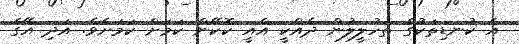
އެ ކުނޑިތަކުގެ ތަހުލީލުން ދެއްކީ އެއީ ކޮކޭން ކަމަށް ކަމަށެވެ. އަދި އޭގެ